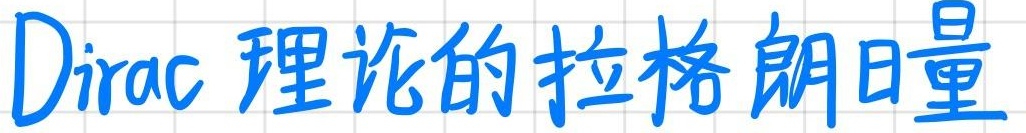
Dirac 理论的拉格朗日量